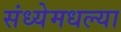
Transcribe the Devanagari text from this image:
संध्येमधल्या